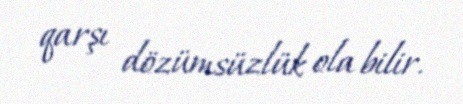
qarşı dözümsüzlük ola bilir.